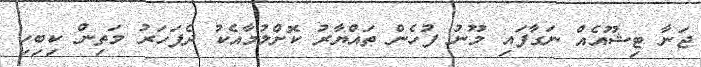
ޖަނާ ޓިޝޫއެއް ނަގާފައި މޫނު ފުހެން ތައްޔާރު ކޮށްލުމާއެކު ދެފަހަރު މަތިން ކިބިހި